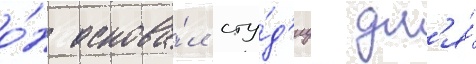
о́н основа́л сту́д'иу дл'я́